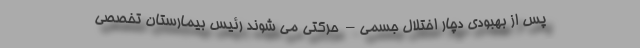
پس از بهبودی دچار اختلال جسمی– حرکتی می شوند رئیس بیمارستان تخصصی